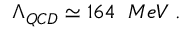
\Lambda _ { Q C D } \simeq 1 6 4 \; \; M e V \; .